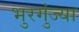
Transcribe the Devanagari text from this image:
भुरगुंज्या